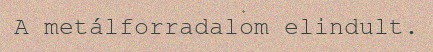
A metálforradalom elindult.